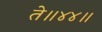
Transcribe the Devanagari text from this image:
ते॥४४॥